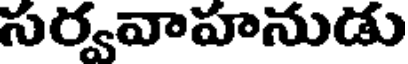
సర్వవాహనుడు